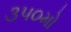
૩૫૦મો